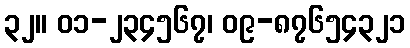
၃၂။ ၀၁-၂၃၄၅၆၇၊ ၀၉-၈၇၆၅၄၃၂၁